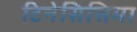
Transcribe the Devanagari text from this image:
टिनेसिसिमा